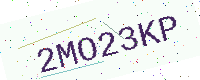
Text: 2MO23KP